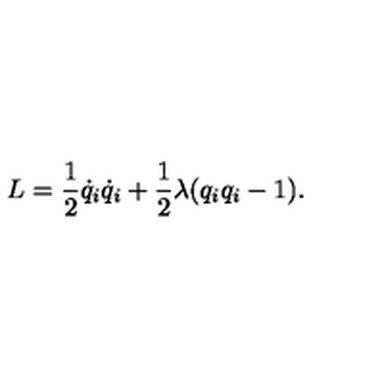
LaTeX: L = \frac { 1 } { 2 } \dot { q } _ { i } \dot { q } _ { i } + \frac { 1 } { 2 } \lambda ( q _ { i } q _ { i } - 1 ) .